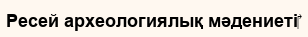
Ресей археологиялық мәдениеті‎